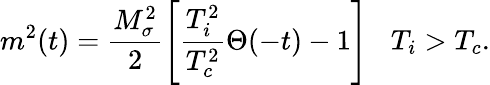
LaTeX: m^{2}(t)=\frac{M_{\sigma}^{2}}{2}\left[\frac{T_{i}^{2}}{T_{c}^{2}}\Theta(-t)-1\right]\; \; \; T_{i}>T_{c}.